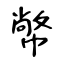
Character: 幤